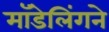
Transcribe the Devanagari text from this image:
मॉडेलिंगने